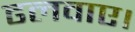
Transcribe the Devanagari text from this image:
ढलवाए।